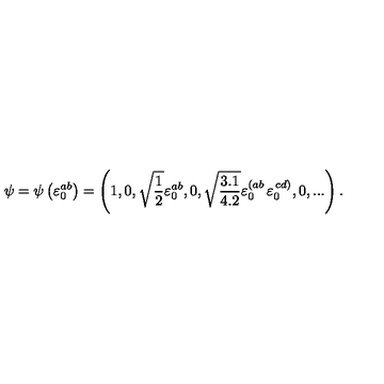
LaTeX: \psi = \psi \left( \varepsilon _ { 0 } ^ { a b } \right) = \left( 1 , 0 , \sqrt { { \frac { 1 } { 2 } } } \varepsilon _ { 0 } ^ { a b } , 0 , \sqrt { { \frac { 3 . 1 } { 4 . 2 } } } \varepsilon _ { 0 } ^ { \left( a b \right. } \varepsilon _ { 0 } ^ { \left. c d \right) } , 0 , . . . \right) .